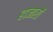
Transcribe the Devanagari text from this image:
हाजारों